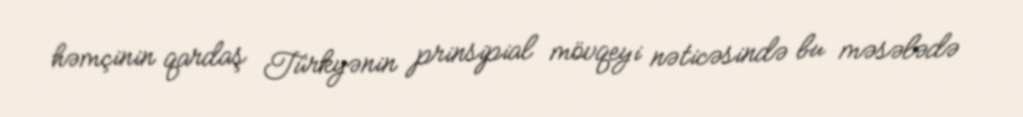
həmçinin qardaş Türkyənin prinsipial mövqeyi nəticəsində bu məsələdə